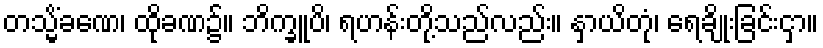
တသ္မိံခဏေ၊ ထိုခဏ၌။ ဘိက္ခူပိ၊ ရဟန်းတို့သည်လည်း။ နှာယိတုံ၊ ရေချိုးခြင်းငှာ။